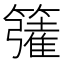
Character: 𮆦